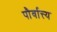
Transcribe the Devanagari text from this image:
पौर्वात्त्य